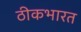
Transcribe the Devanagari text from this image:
ठीकभारत